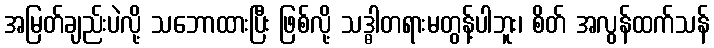
အမြတ်ချည်းပဲလို့ သဘောထားပြီး ဖြစ်လို့ သဒ္ဓါတရားမတွန့်ပါဘူး၊ စိတ် အလွန်ထက်သန်